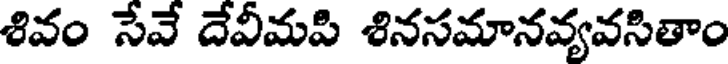
శివం సేవే దేవీమపి శినసమానవ్యవసితాం